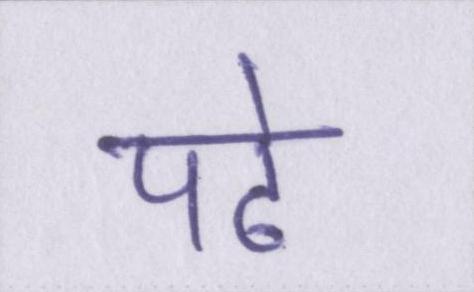
पढे